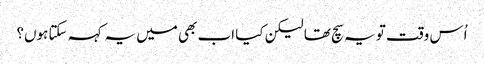
اُس وقت تو یہ سچ تھا لیکن کیا اب بھی میں یہ کہہ سکتا ہوں؟